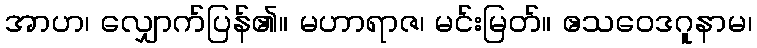
အာဟ၊ လျှောက်ပြန်၏။ မဟာရာဇ၊ မင်းမြတ်။ ဧသဝေဒဂူနာမ၊